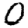
Digit: 0